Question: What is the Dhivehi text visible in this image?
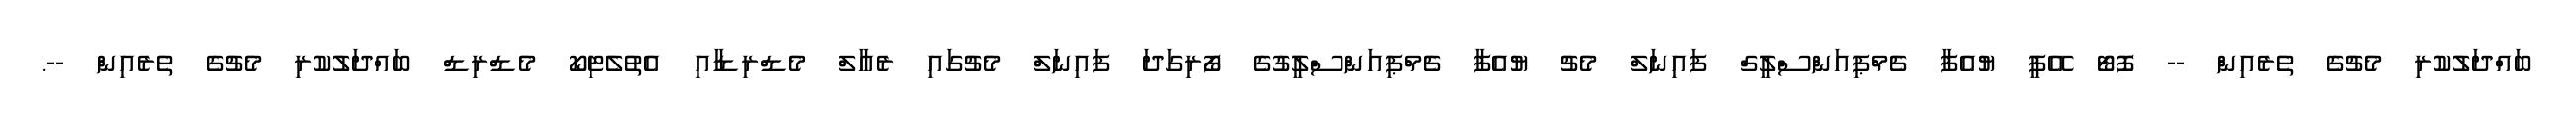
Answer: ބައްދަލުކުރި މެޗުގެ ތެރެއިން -- ފޮޓޯ އޭޕީ ޔުއެފާ ޗެމްޕިއަންސްލީގް ފައިނަލް މެޗު ޔުއެފާ ޗެމްޕިއަންސްލީގުގެ ފޯރިގަދަ ފައިނަލް މެޗުގައި ރެއާލް މެޑްރިޑާއި އެތުލެޓިކޯ މެޑްރިޑް ބައްދަލުކުރި މެޗުގެ ތެރެއިން --.